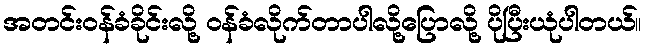
အတင်းဝန်ခံခိုင်းလို့ ဝန်ခံလိုက်တာပါလို့ပြောလို့ ပိုပြီးယုံပါတယ်။